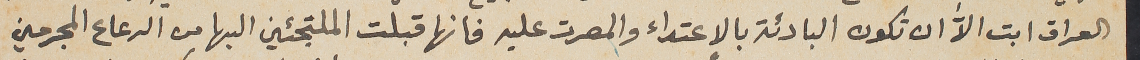
العراق ابت الاﱣ ان تكون البادئة بالاعتداء والمصرت عليه فانها قبلت الملتجئين اليها من الرعاع المجرمين